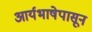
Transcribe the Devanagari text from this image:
आर्यभाषेपासून